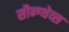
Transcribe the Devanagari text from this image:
सौन्ग्थेव्स